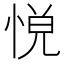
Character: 𢛹